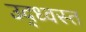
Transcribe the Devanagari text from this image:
उद्‍ध्वस्त